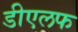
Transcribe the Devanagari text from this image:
डीएलफ